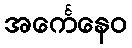
အင်္ကေနေဝ